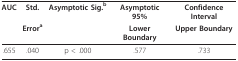
<table><thead><tr><td><b>AUC</b></td><td><b>Std.</b></td><td><b>Asymptotic Sig.<sup>b</sup></b></td><td><b>Asymptotic 95%</b></td><td><b>Confidence Interval</b></td></tr><tr><td></td><td><b>Error<sup>a</sup></b></td><td></td><td><b>Lower Boundary</b></td><td><b>Upper Boundary</b></td></tr></thead><tbody><tr><td>.655</td><td>.040</td><td>p &lt; .000</td><td>.577</td><td>.733</td></tr></tbody></table>